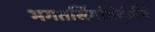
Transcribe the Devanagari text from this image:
भगतसिंगांसंबंधीचे